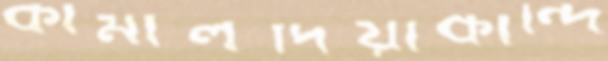
কামালদিয়াকান্দি